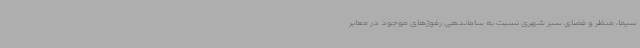
سیما، منظر و فضای سبز شهری نسبت به ساماندهی رفوژهای موجود در معابر